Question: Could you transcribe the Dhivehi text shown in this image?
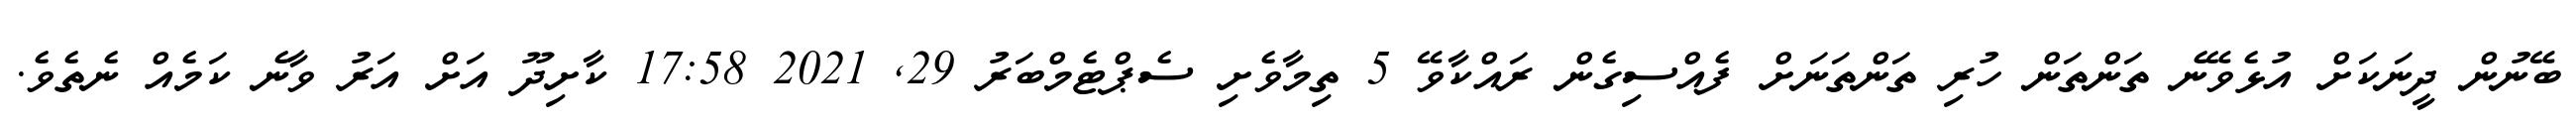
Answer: ބޭނުން ދީނަކަށް އުޅެވޭނެ ތަންތަން ހުރި ތަންތަނަށް ފެއްސިގެން ރައްކާވޭ 5 ތިމާވެށި ސެޕްޓެމްބަރު 29, 2021 17:58 ކާށިދޫ އަށް އަރު ވާނެ ކަމެއް ނެތެވެ.